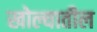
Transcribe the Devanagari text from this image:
खोल्यातील